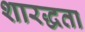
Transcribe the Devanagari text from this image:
शारद्धता